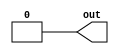
module osc(out);
  output reg out;
  always
  begin
    #100
    out = 1'b1;
    #100
    out =  1'b0;
  end
endmodule